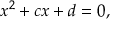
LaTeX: x ^ { 2 } + c x + d = 0 ,